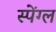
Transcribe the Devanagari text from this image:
स्पेंग्ल